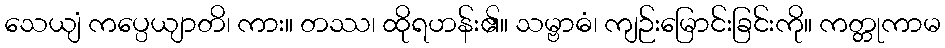
သေယျံ ကပ္ပေယျာတိ၊ ကား။ တဿ၊ ထိုရဟန်း၏။ သမ္ဗာဓံ၊ ကျဉ်းမြောင်းခြင်းကို။ ကတ္တုကာမ